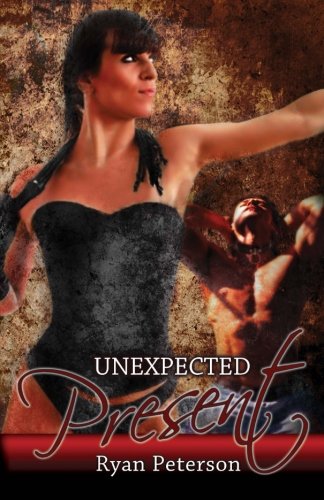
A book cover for Unexpected Present; Ryan Peterson; Romance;